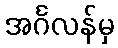
အင်္ဂလန်မှ